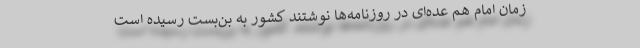
زمان امام هم عده‌ای در روزنامه‌ها نوشتند کشور به بن‌بست رسیده است